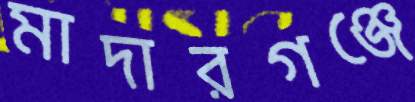
মাদারগঞ্জে